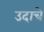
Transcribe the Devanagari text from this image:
उदाचे